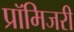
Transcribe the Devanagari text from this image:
प्रॉमिजरी